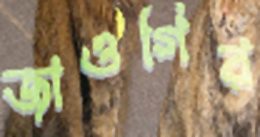
জাওগির